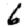
Digit: 6